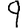
Digit: 9